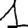
Digit: 1